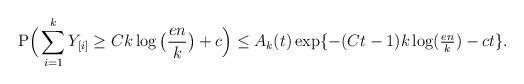
LaTeX: \begin{align*}\mathrm{P}\Big( \sum_{i=1}^k Y_{[i]}\ge Ck \log\big(\frac{en}{k}\big)+c\Big) \le A_k(t) \exp\{-(Ct-1)k \log(\tfrac{en}{k})-ct\}. \end{align*}